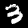
Label: 3